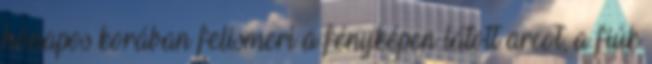
hónapos korában felismeri a fényképen látott arcot, a fiúk